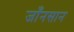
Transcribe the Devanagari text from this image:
जाँनसान